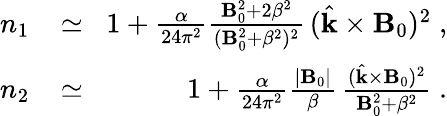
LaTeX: \begin{array}{rlr}{n_{1}\! }&{{}\simeq}&{\! 1+\frac{\alpha}{24\pi^{2}}\frac{{\mathbf B}_{0}^{2}+2\beta^{2}}{({\mathbf B}_{0}^{2}+\beta^{2})^{2}}\, (\hat{{\mathbf k}}\times{\mathbf B}_{0})^{2}\; ,}\\ {n_{2}\! }&{{}\simeq}&{\! 1+\frac{\alpha}{24\pi^{2}}\frac{|{\mathbf B}_{0}|}{\beta}\, \frac{(\hat{{\mathbf k}}\times{\mathbf B}_{0})^{2}}{{\mathbf B}_{0}^{2}+\beta^{2}}\; .}\end{array}